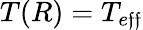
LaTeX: T(R)=T_{e\mathfrak{f}\mathfrak{f}}